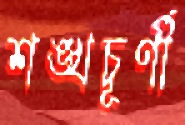
শঙ্খচূর্ণী